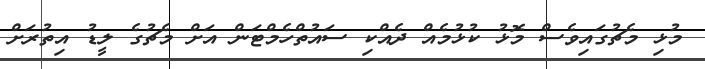
މުޅި މެޗުގައިވެސް މޮޅު ކުޅުމެއް ދެއްކި ސައުތްހެމްޓަން އަށް މެޗުގެ ލީޑު އިތުރަށް